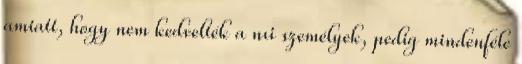
amiatt, hogy nem kedvelték a nıi személyek, pedig mindenféle